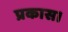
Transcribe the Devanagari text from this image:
प्रकास।